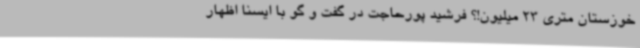
خوزستان متری 23 میلیون!؟ فرشید پورحاجت در گفت و گو با ایسنا اظهار